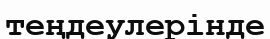
теңдеулерінде